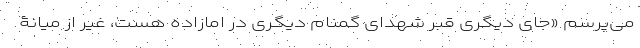
می‌پرسم «جای دیگری قبر شهدای گمنام دیگری در امازاده هست، غیر از میانۀ